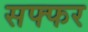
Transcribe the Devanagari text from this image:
सफ्फर